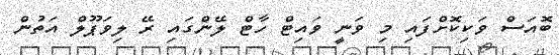
ބޮއަސް ވަކިކޮށްފައި މި ވަނީ ވައިޓް ހާޓް ލޭންގައި ރޭ ލިވަޕޫލް އަތުން